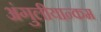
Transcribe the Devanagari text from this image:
अंगुलीयान्कम